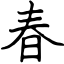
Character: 春